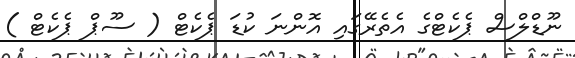
ނޫޑްލްސް ޕެކެޓްގެ އެތެރޭގައި އޮންނަ ކުޑަ ޕެކެޓް ( ސޫޕް ޕެކެޓް )